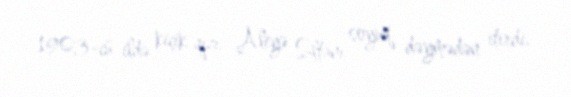
1903-cü ildə kiçik qızı Aliyə Sultanı soyuq dəymədən itirdi.